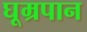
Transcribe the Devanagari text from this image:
घूम्रपान